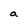
Character: a